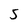
Character: 5